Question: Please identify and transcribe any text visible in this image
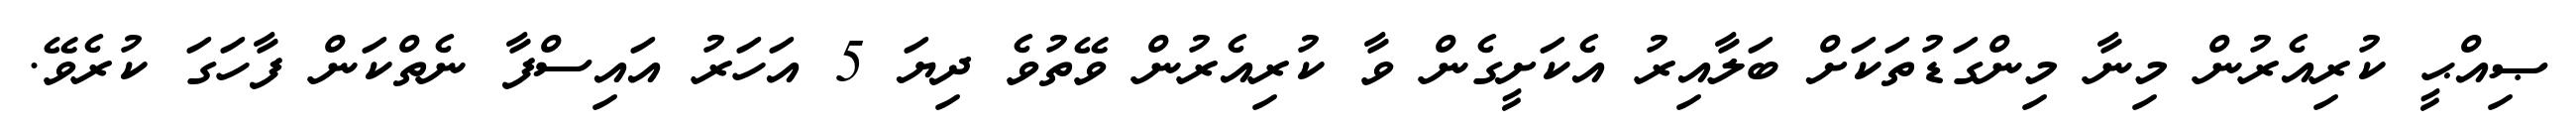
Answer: ޞިއްޙީ ކުރިއެރުން މިނާ މިންގަޑުތަކަށް ބަލާއިރު އެކަށީގެން ވާ ކުރިއެރުން ވޭތުވެ ދިޔަ 5 އަހަރު އައިސްފާ ނެތްކަން ފާހަގަ ކުރެވޭ.